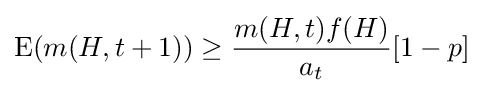
\operatorname {E} (m(H,t+1))\geq {m(H,t)f(H) \over a_{t}}[1-p]